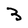
Character: 3